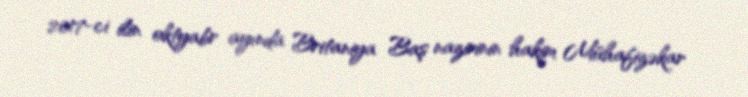
2017-ci ilin oktyabr ayında Britaniya Baş nazirinin hakim Mühafizəkar